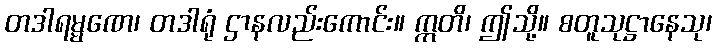
တဒါရမ္မဏေ၊ တဒါရုံ ဌာနလည်းကောင်း။ ဣတိ၊ ဤသို့။ စတူသုဋ္ဌာနေသု၊